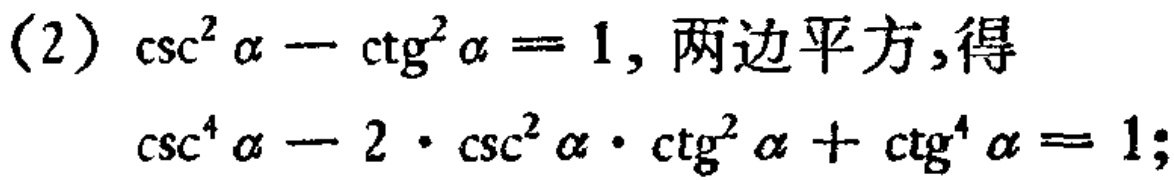
(2) $\csc^{2} \alpha - \ctg^{2} \alpha = 1$, 两边平方,得

$\csc^{4} \alpha - 2\cdot \csc^{2} \alpha\cdot \ctg^{2} \alpha + \ctg^{4} \alpha = 1$;